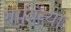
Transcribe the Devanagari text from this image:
गार्बिन्या